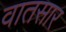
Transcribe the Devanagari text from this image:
वातसार